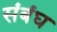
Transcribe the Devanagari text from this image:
संबंघ